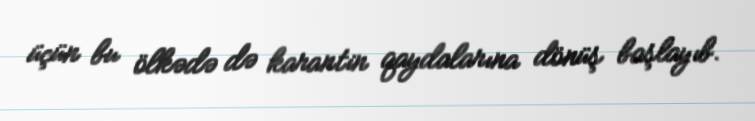
üçün bu ölkədə də karantin qaydalarına dönüş başlayıb.